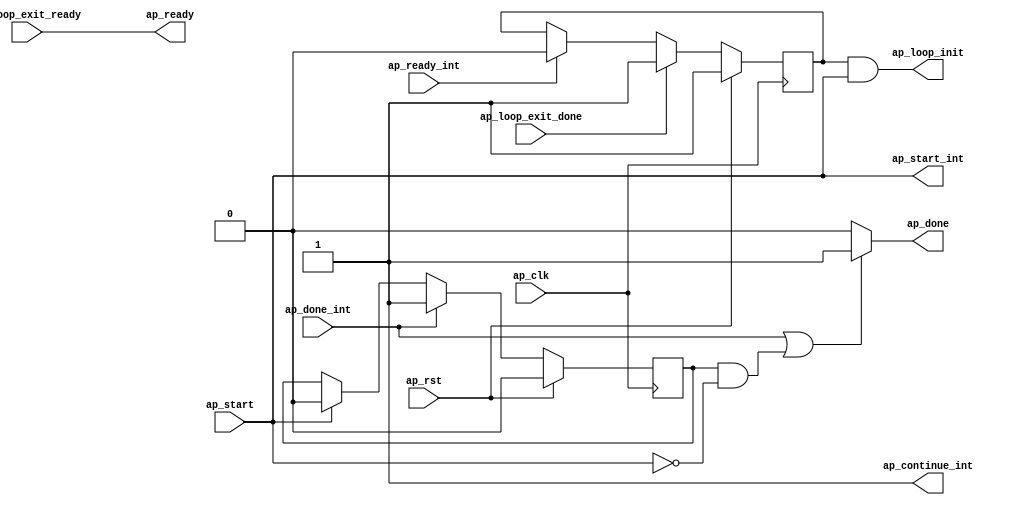
// ==============================================================
// Vitis HLS - High-Level Synthesis from C, C++ and OpenCL v2022.2 (64-bit)
// Tool Version Limit: 2019.12
// Copyright 1986-2022 Xilinx, Inc. All Rights Reserved.
// ==============================================================

`timescale 1 ns / 1 ps

module updt_p_flow_control_loop_pipe_sequential_init(
        ap_clk,
        ap_rst,
        ap_start,
        ap_ready,
        ap_done,
        ap_start_int,
        ap_ready_int,
        ap_done_int,
        ap_continue_int,
        ap_loop_init,
        ap_loop_exit_ready,
        ap_loop_exit_done
);

input   ap_clk;
input   ap_rst;

//Block level handshake with outside loop
input   ap_start;
output  ap_ready;
output  ap_done;

//Block level handshake with loop body
output  ap_start_int;
input   ap_ready_int;
input   ap_done_int;
output  ap_continue_int;

//Init live in variables
output   ap_loop_init;
wire     ap_loop_init;
reg ap_loop_init_int;
reg ap_done;
reg ap_done_cache;

//Exit signal from loop body
input   ap_loop_exit_ready;
input   ap_loop_exit_done;

// power-on initialization
initial begin
#0 ap_loop_init_int = 1'b1;
#0 ap_done_cache = 1'b0;
end

assign ap_start_int = ap_start;

assign ap_continue_int = 1'b1;

assign ap_ready = ap_loop_exit_ready;

//ap_loop_init is valid for the first II
//of the first loop run so as to enable
//the init block ops which are pushed into
//the first state of the pipeline region
always @ (posedge ap_clk)
begin
    if (ap_rst == 1'b1) begin
        ap_loop_init_int <= 1'b1;
    end else if(ap_loop_exit_done == 1'b1) begin
        ap_loop_init_int <= 1'b1;
    end else if(ap_ready_int == 1'b1) begin
        ap_loop_init_int <= 1'b0;
    end
end

assign ap_loop_init = ap_loop_init_int & ap_start;

// if no ap_continue port and current module is not top module,
// ap_done handshakes with ap_start. Internally, flow control sends out
// ap_conintue_int = 1'b1 so the ap_done_int is asserted high for 1 clock cycle.
// ap_done_cache is used to record ap_done_int, and de-assert if ap_start_int
// is asserted, so DUT can start the next run
always @(posedge ap_clk)
begin
    if (ap_rst == 1'b1) begin
        ap_done_cache <= 1'b0;
    end else if (ap_done_int == 1'b1) begin
        ap_done_cache <= 1'b1;
    end else if (ap_start_int == 1'b1) begin
        ap_done_cache <= 1'b0;
    end
end

// if no ap_continue port and current module is not top module, ap_done handshakes with ap_start
always @(*)
begin
    if ((ap_done_int == 1'b1) || ((ap_done_cache == 1'b1) && (ap_start_int == 1'b0))) begin
        ap_done = 1'b1;
    end else begin
        ap_done = 1'b0;
    end
end

endmodule